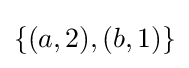
\{(a,2),(b,1)\}